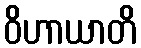
ဝိဟာယာတိ